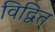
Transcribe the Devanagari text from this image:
विद्वित्